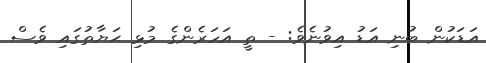
އަޑަކުން ބުނި އަޑު އިވުނެވެ: - ތީ އަހަރެންގެ މުޅި ޙަޔާތުގައި ވެސް